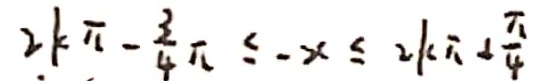
2 k \pi - \frac { 3 } { 4 } \pi \leq - x \leq 2 k \pi - \frac { \pi } { 4 }